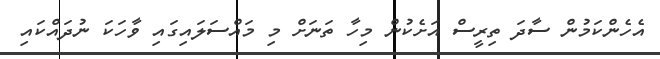
އެހެންކަމުން ސާދަ ތިރީސް އަށެކުން މިހާ ތަނަށް މި މައްސަލައިގައި ވާހަކަ ނުދައްކައި